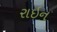
રાઇન